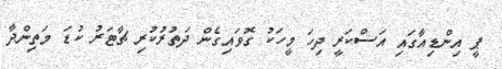
ޕީ އިންޑިއާގައި އަސްކަރީ ދިހަ މީހަކު ގޮވައިގެން ދަތުރުކުރި ޗާޓަރު ކުޑަ މަތިންދާ